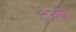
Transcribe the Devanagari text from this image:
टैकी